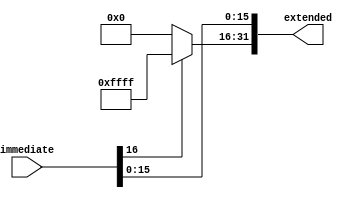
module sign_extension(immediate, extended);
	input [16:0] immediate;
	output [31:0] extended; 
	
	assign extended[15:0] = immediate[15:0];
	assign extended[31:16] = immediate[16] ? 16'hFFFF:16'h0000;
endmodule